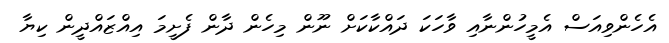
އެހެންވިއަސް އެމީހުންނާއި ވާހަކަ ދައްކާކަށް ނޫން މިހެން ދާން ފެށީމަ އިއްޒައްދީން ކިޔާ